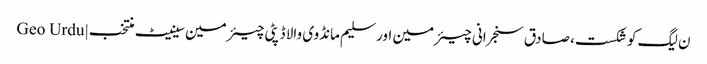
ن لیگ کو شکست، صادق سنجرانی چیئرمین اور سلیم مانڈوی والا ڈپٹی چیئرمین سینیٹ منتخب | Geo Urdu